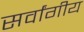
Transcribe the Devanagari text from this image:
सर्वांगीय